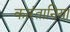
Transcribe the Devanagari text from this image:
कारंतानिया